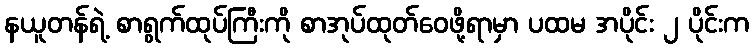
နယူတန်ရဲ့ စာရွက်ထုပ်ကြီးကို စာအုပ်ထုတ်ဝေဖို့ရာမှာ ပထမ အပိုင်း ၂ ပိုင်းက